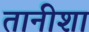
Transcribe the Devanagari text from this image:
तानीशा